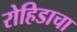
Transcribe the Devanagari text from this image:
रोहिडाचा